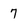
Character: 7